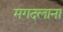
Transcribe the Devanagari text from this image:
मगदलाना